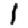
Digit: 1